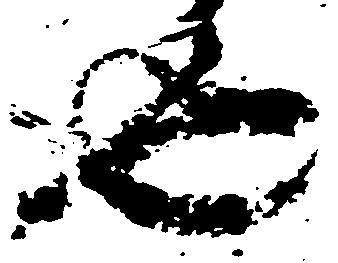
也